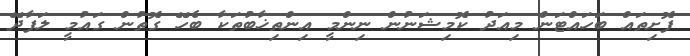
ފޮށިތައް ބަހައްޓަން މިއަދު ކޮމިޝަނުން ނިންމީ އިންތިޚާބުތަކާ ބެހޭ ގޮތުން ގައުމީ ލަފާދޭ